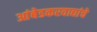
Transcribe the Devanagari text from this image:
आंबेडकरवाद्यांचे